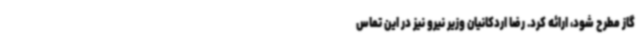
گاز مطرح شود، ارائه کرد. رضا اردکانیان وزیر نیرو نیز در این تماس